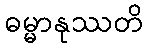
ဓမ္မာနုဿတိ